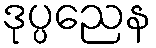
ဒုပ္ပညေန